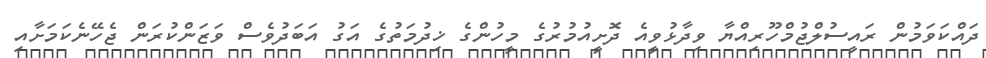
ދައްކަވަމުން ރައީސުލްޖުމްހޫރިއްޔާ ވިދާޅުވީއެ ދޮށީއުމުރުގެ މީހުންގެ ޚިދުމަތުގެ އަގު އަބަދުވެސް ވަޒަންކުރަން ޖެހޭނެކަމަށާއި